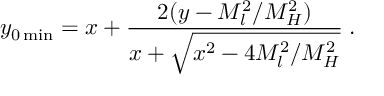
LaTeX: y _ { 0 \operatorname * { m i n } } = x + \frac { 2 ( y - M _ { l } ^ { 2 } / M _ { H } ^ { 2 } ) } { x + \sqrt { x ^ { 2 } - 4 M _ { l } ^ { 2 } / M _ { H } ^ { 2 } } } \; .